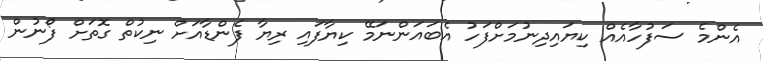
އެންމެ ސަފުހާއެއް ކިޔައިދިނުމަށްފަހު އެބައަންނަމޭ ކިޔާފައި ރިޔާ ފެންޑާއަށް ނިކުތް ގޮތަށް ފޯނުން